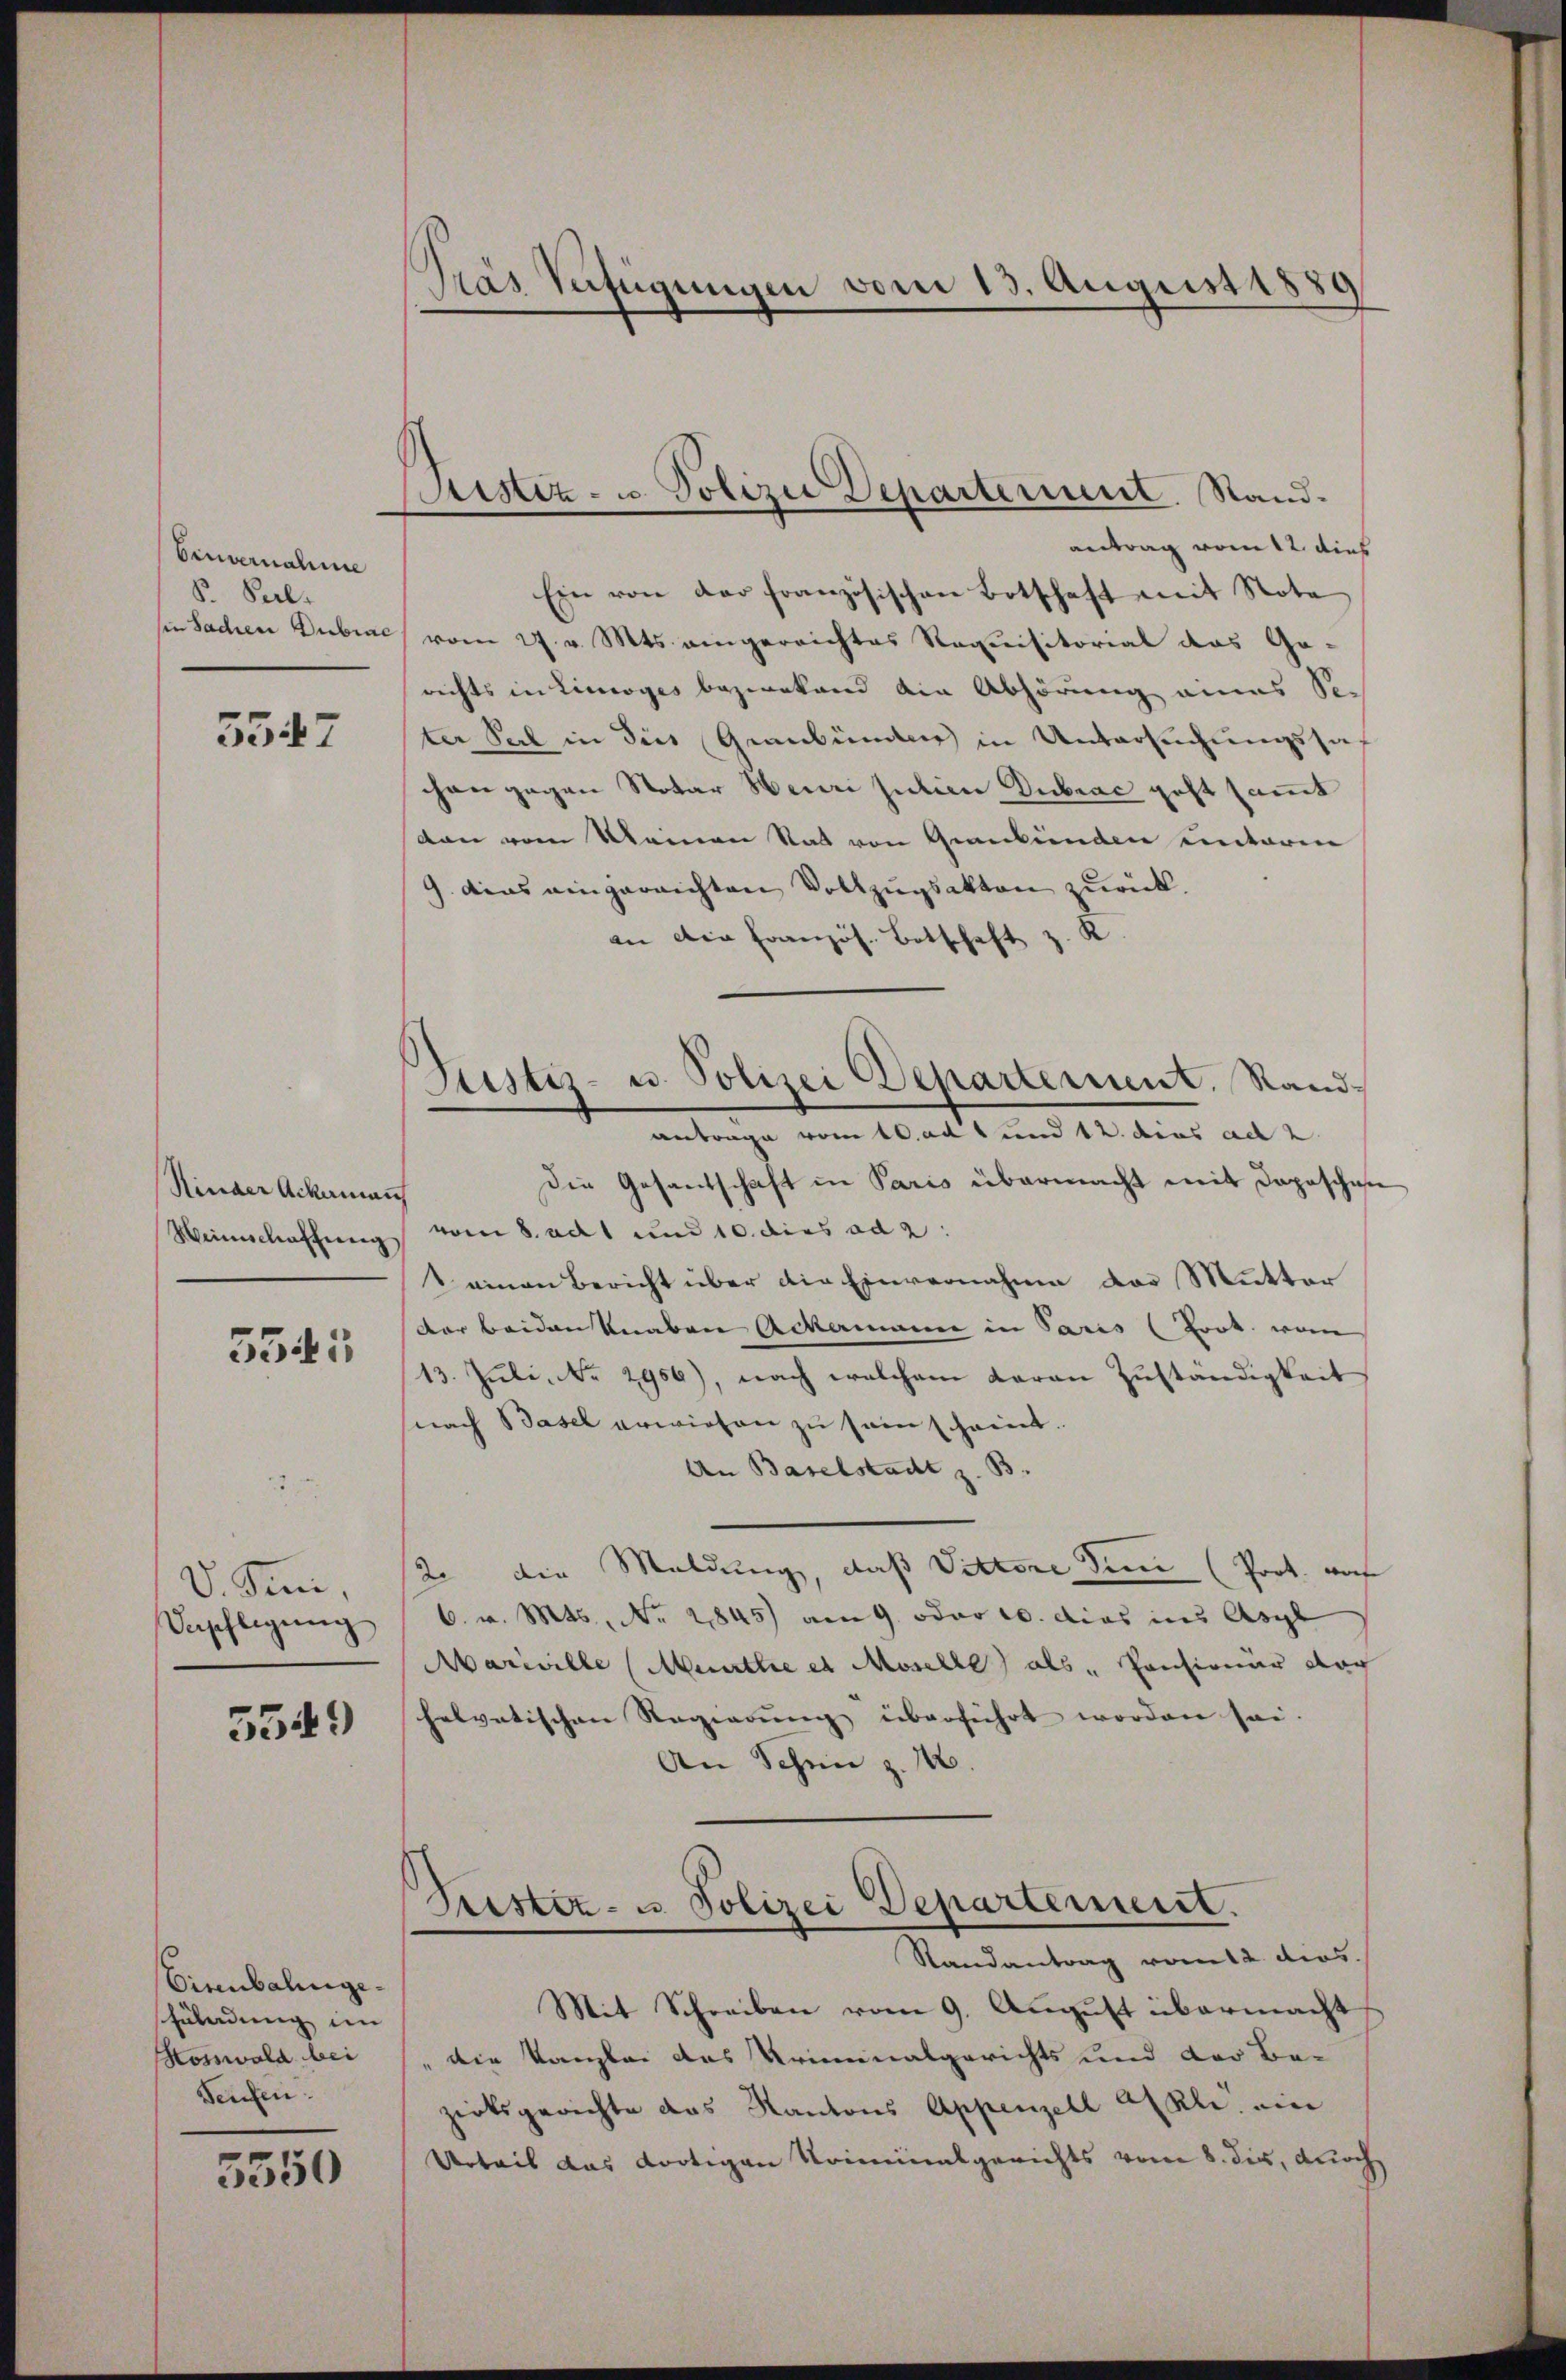
Einvernahme
S. Sal.
in Sachen Dubrac

5547

Rinder Ackerman
Weinschaffung.

5345

V. Juni,
Verpflegŭng

5549

Eisenbahngehüladung im
Kosswald bei
Seufen.

5550

Prás Verfügungen vom 13. August 1889

Sistiz- u. Polizei Departement. Stand.

Justiz- u. Polizei Departement. Sandantrage vom 10.adt und 12. das ad 2

antrag vom 12. dies
Ein von der Französischen Botschaft mit Nota
vom 27. v. Mts. eingereichtes Requisitorial das Ge-
richts in Linoges bezirkend die Abhörung eines See
ter Seel in dies Graubünden in Untersuchungssa
chen gegen Notar Heuri jurien Dubrac geht sammt
dan vom Mannen Rat von Graubünden unteren
9. dies eingereichten Vollzugsakten zurück.
an die Französ. Botschaft z. K
Die Gesandschaft in Paris übermacht mit doposchen
vom 8. ad 1 und 10. dies ad 2.
1 einen Bericht über die Einvernahme das Mutter
der beiden Knaben Ackermanne in Paris (Loot. vom
13. Juli No 2956), nach welchem daran Zuständigkeit
nach Basel erwiesen zu sein scheint.
An Baselstadt z. B.
2. die Meldung, daß Dittere Sinn (Prot. auf
6. v. Mts., Nr. 2845) am 9. oder 10. dies ins Asyl
Mariville (Muurthe et Moselbe als Pensionär dar
helvetischen Regierung überführt worden sei.
An Schen z. 16.
Trister- u. Polizei Departement.
Randantrag vom 12. dies
Mit Schreiben vom 9. August übermacht
" die Kanzlei das Kriminalgerichts und der Be-
zirksgerichte das Kantons Appenzell Akli, ein
Urteil das dortigen Kriminalgerichts vom 8. die, durch